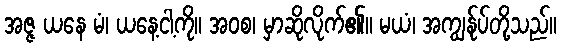
အဇ္ဇ ယနေ မံ၊ ယနေ့ငါ့ကို။ အဝစ၊ မှာဆိုလိုက်၏။ မယံ၊ အကျွန်ုပ်တို့သည်။